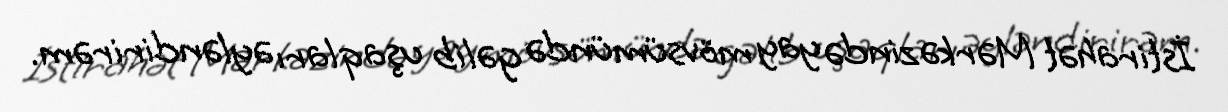
İstirahət Mərkəzində yay mövsümündə gəlib uşaqları əyləndirirəm.